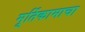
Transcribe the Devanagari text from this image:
मूर्तिकामाचा